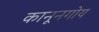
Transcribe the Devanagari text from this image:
कानूनगोय